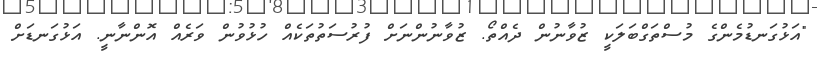
"އަޅުގަނޑުމެންގެ މުސްތަގްބަލަކީ ޒުވާނުން ދެއްތޯ. ޒުވާނުންނަށް ފުރުސަތުތަކެއް ހުޅުވުން ވަރެއް އޮންނާނީ. އަޅުގަނޑަށް